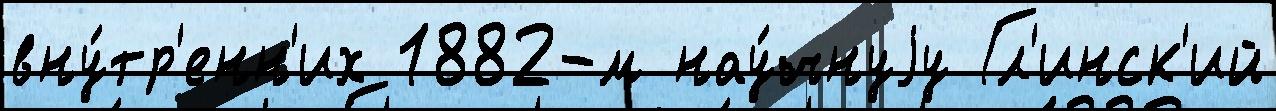
вну́тр'енн'их 1882-м нау́чнуjу Гл'инск'ий